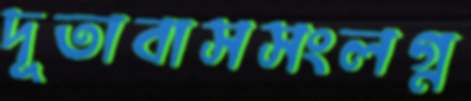
দূতাবাসসংলগ্ন